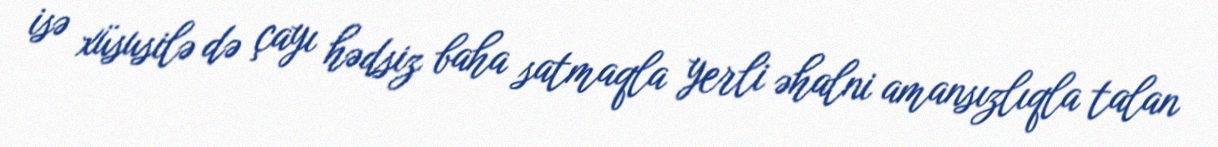
isə xüsusilə də çayı hədsiz baha satmaqla yerli əhalni amansızlıqla talan